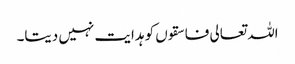
اللہ تعالی فاسقوں کو ہدایت نہیں دیتا۔